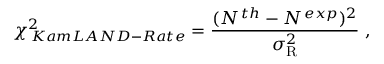
\chi _ { \, K a m L A N D - R a t e } ^ { 2 } = \frac { ( N ^ { \, t h } - N ^ { \, e x p } ) ^ { 2 } } { \sigma _ { \mathrm { R } } ^ { 2 } } \; ,